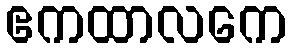
ဧကထာလကေ